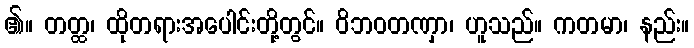
၏။ တတ္ထ၊ ထိုတရားအပေါင်းတို့တွင်။ ဝိဘဝတဏှာ၊ ဟူသည်။ ကတမာ၊ နည်း။